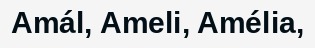
Amál, Ameli, Amélia,